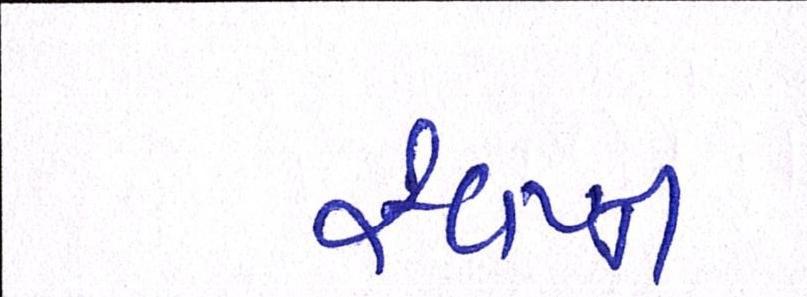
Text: સ્વપ્ન